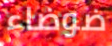
ضوضاء